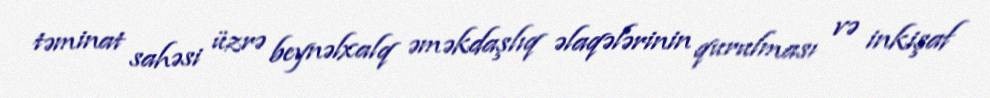
təminat sahəsi üzrə beynəlxalq əməkdaşlıq əlaqələrinin qurulması və inkişaf